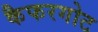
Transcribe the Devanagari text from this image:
कैफरगोट